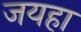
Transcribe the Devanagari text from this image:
जयहा